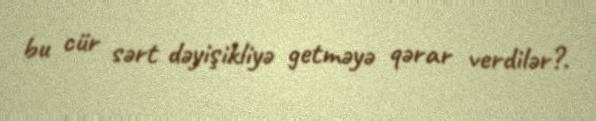
bu cür sərt dəyişikliyə getməyə qərar verdilər?.